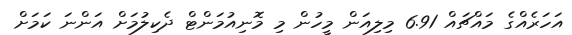
އަހަރެއްގެ މައްޗައް 6.91 މިލިއަން މީހުން މި މޮނިއުމަންޓް ދެކިލުމަށް އަންނަ ކަމަށް